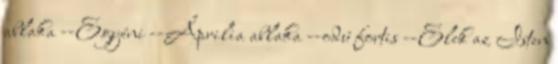
ablaka --Egyéni --Áprilia ablaka --odú fortis --Elek az Isten